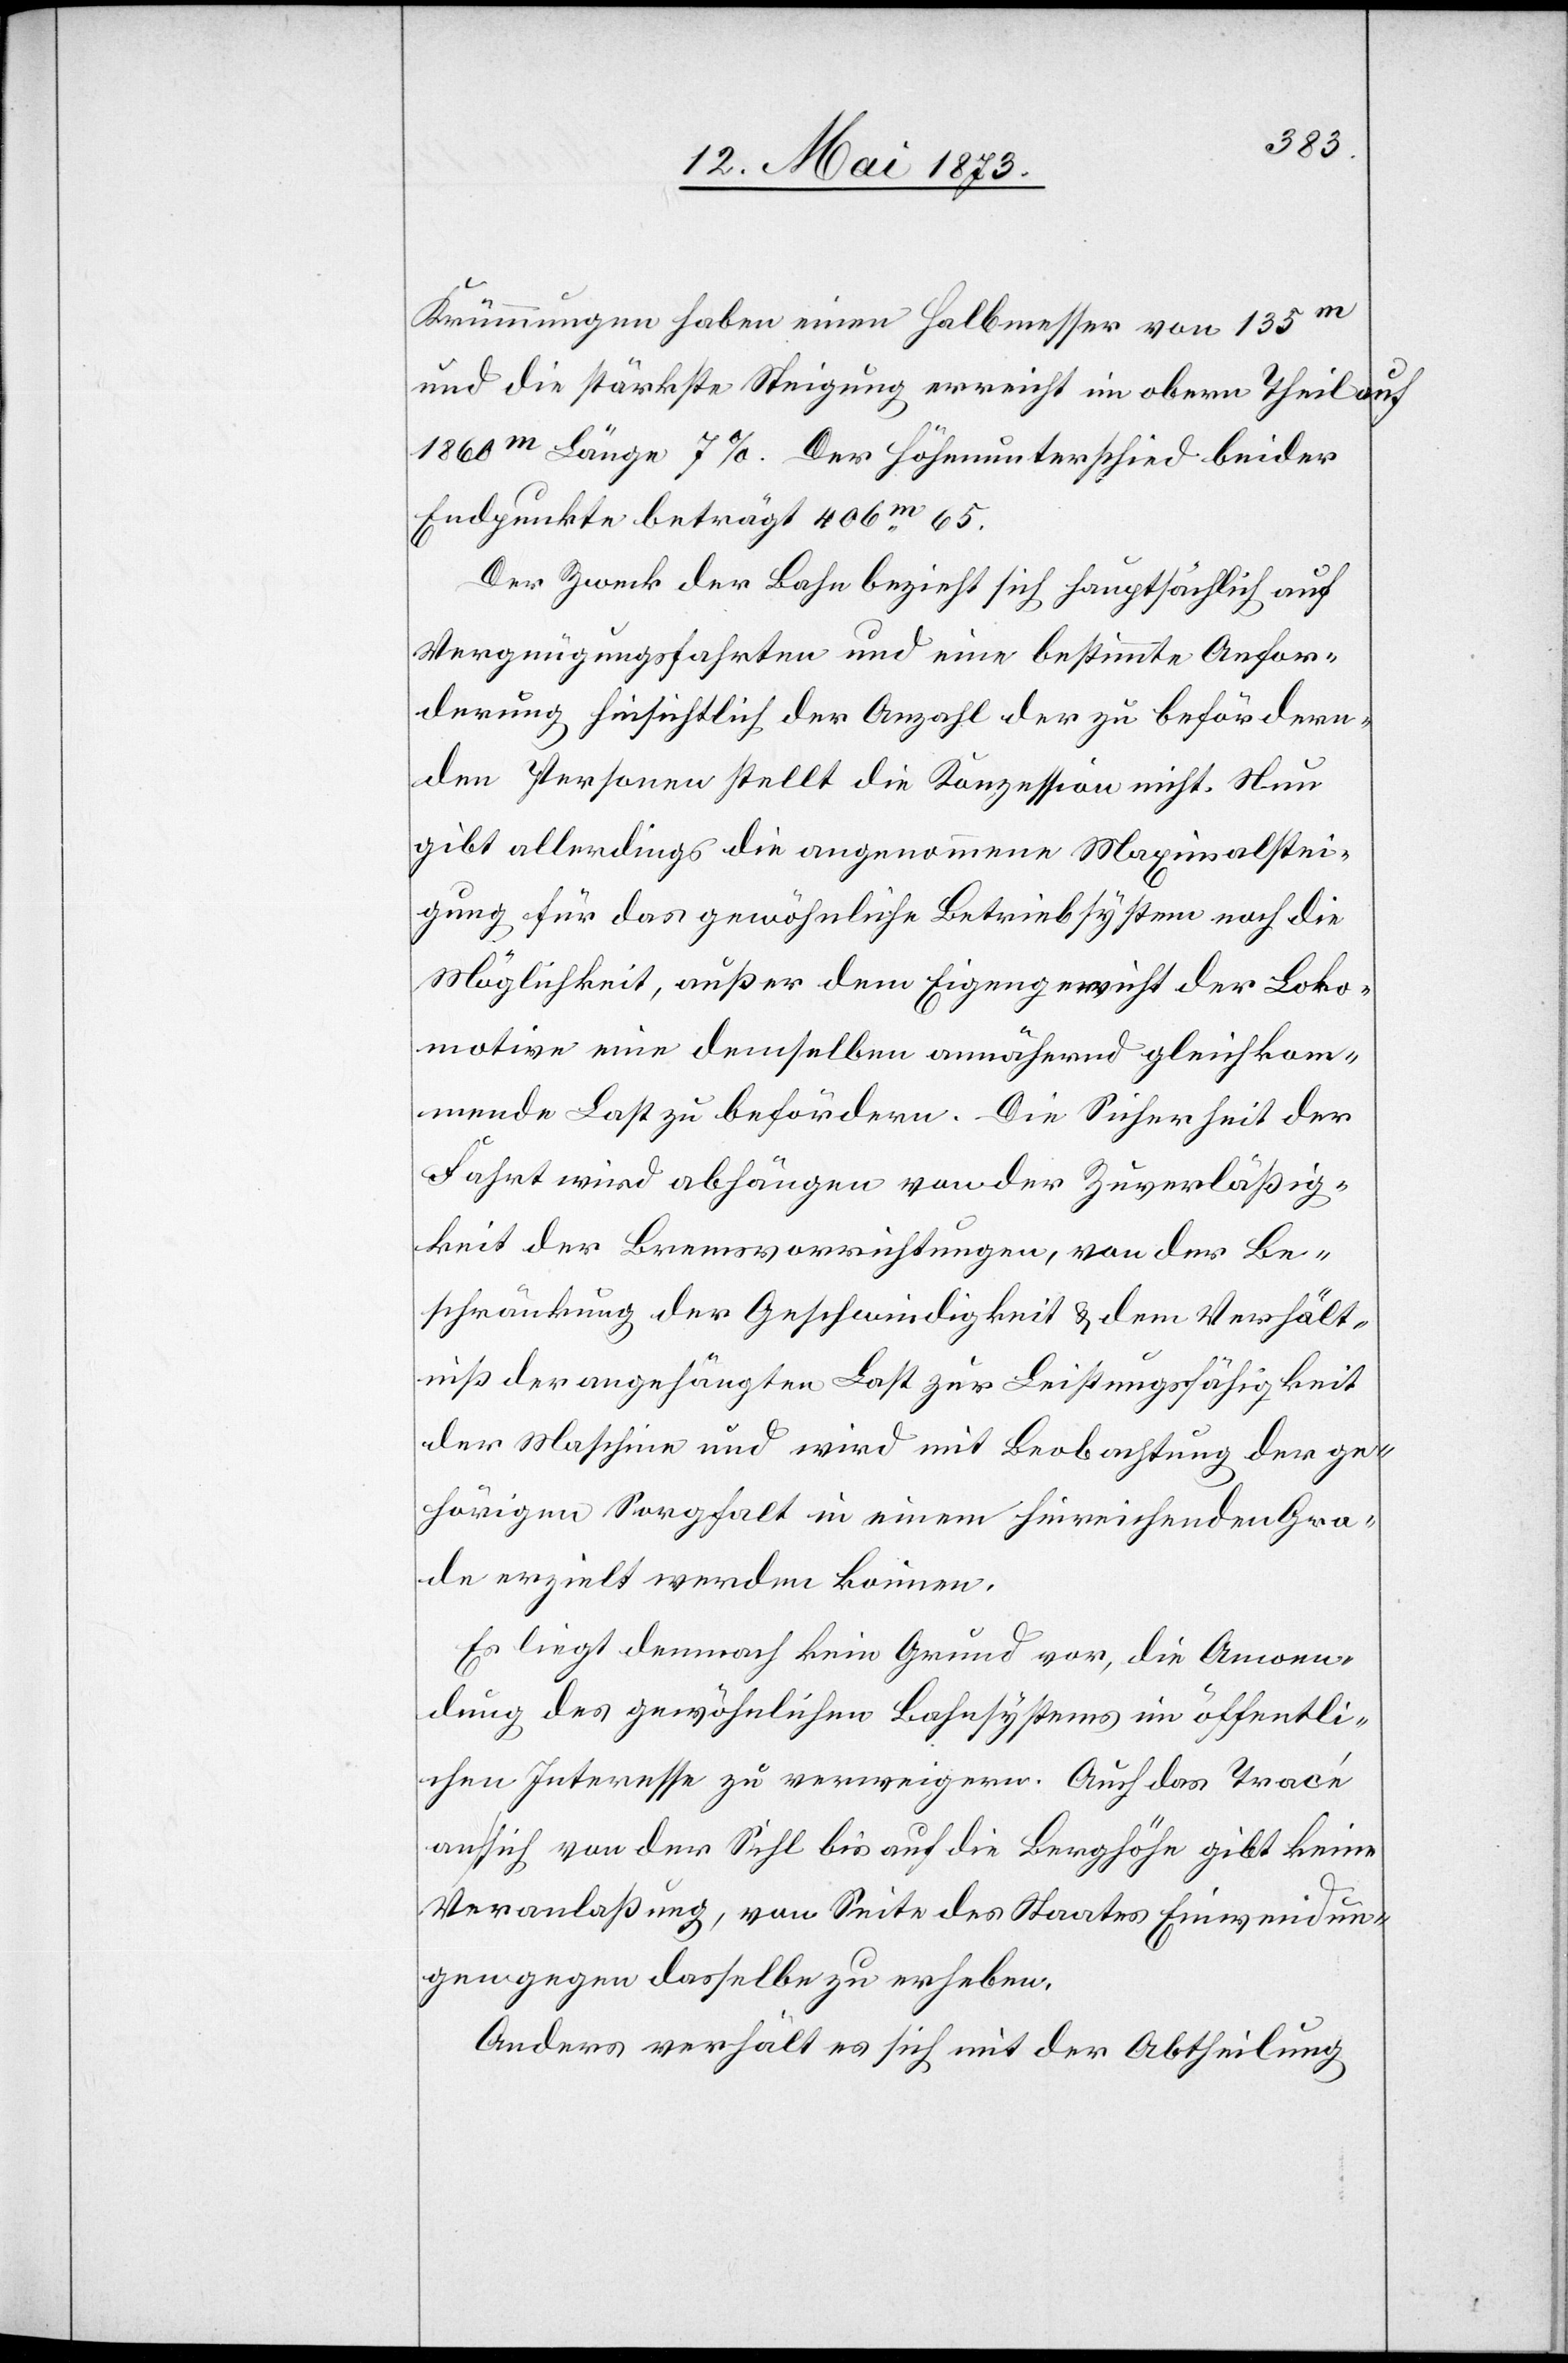
Krümmungen haben einen Halbmesser von 135m
und die stärkste Steigung erreicht im obern Theil auf
1 868m Länge 7%. Der Höhenunterschied beider
Endpunkte beträgt 406m 65.
Der Zweck der Bahn bezieht sich hauptsächlich auf
Vergnügungsfahrten und eine bestimmte Anfor¬
derung hinsichtlich der Anzahl der zu befördern¬
den Personen stellt die Konzession nicht. Nun
gibt allerdings die angenommene Maximalstei¬
gung für das gewöhnliche Betriebsystem noch die
Möglichkeit, außer dem Eigengewicht der Loko¬
motive eine demselben annähernd gleichkom¬
mende Last zu befördern. Die Sicherheit der
Fahrt wird abhängen von der Zuverläßig¬
keit der Bremsvorrichtungen, von der Be¬
schränkung der Geschwindigkeit & dem Verhält¬
niß der angehängten Last zur Leistungsfähigkeit
der Maschine und wird mit Beobachtung der ge¬
hörigen Sorgfalt in einem hinreichenden Gra¬
de erzielt werden können.
Es liegt demnach kein Grund vor, die Anwen¬
dung des gewöhnlichen Bahnsystems im öffentli¬
chen Interesse zu verweigern. Auch das Tracé
an sich von der Sihl bis auf die Berghöhe gibt keine
Veranlaßung, von Seite des Staates Einwendun¬
gen gegen dasselbe zu erheben.
Anders verhält es sich mit der Abtheilung